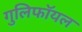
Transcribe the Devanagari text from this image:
गुलिफॉयल